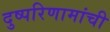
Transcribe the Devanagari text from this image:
दुष्परिणामांची